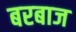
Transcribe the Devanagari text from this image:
बरबाज